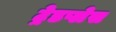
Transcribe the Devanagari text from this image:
ट्रेडप्लेस